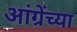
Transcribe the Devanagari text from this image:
आंग्रेंच्या